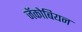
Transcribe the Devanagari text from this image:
जॅकोबियन